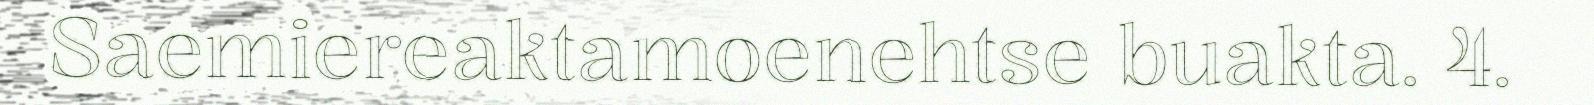
Saemiereaktamoenehtse buakta. 4.